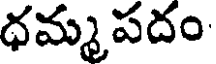
ధమ్మపదం